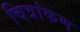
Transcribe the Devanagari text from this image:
चित्रांकण